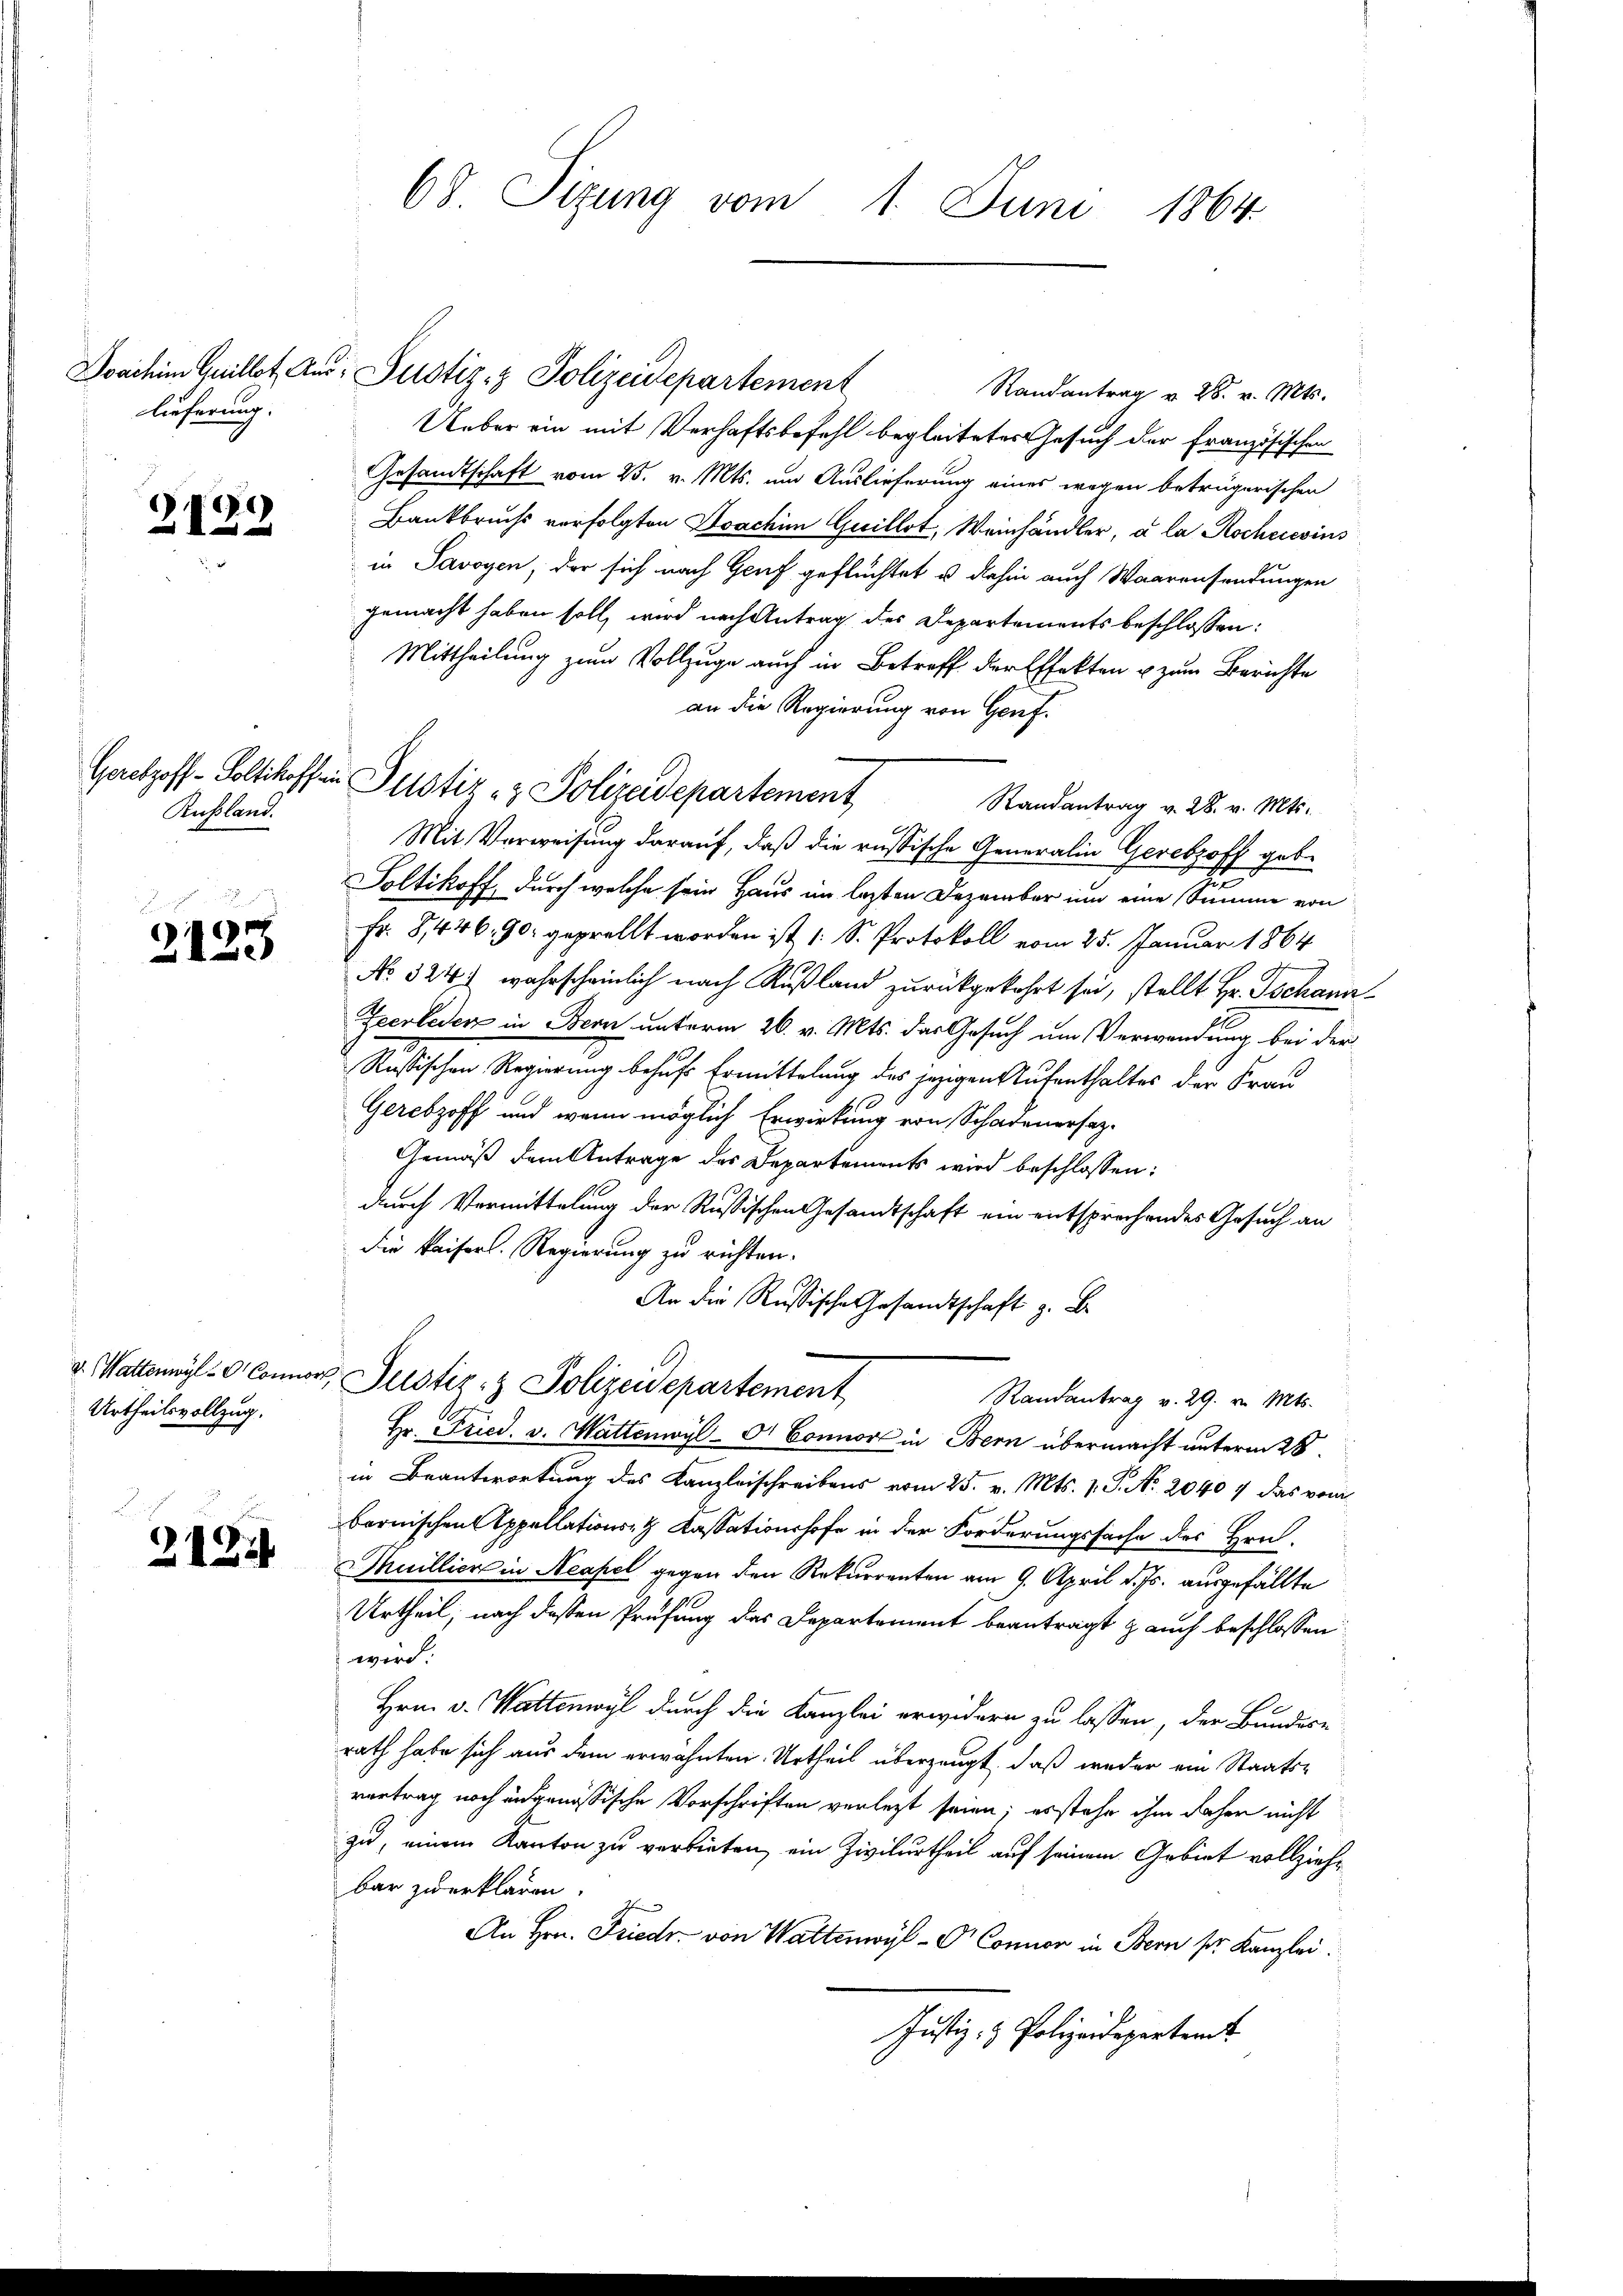
lieferung.

2129

Russland.

.
i
2125

Urtheilsvollzug.

2124

68. Sizung vom 1. Juni 1864.

Randantrag u. 28. v. Mts.
Ueber ein mit Verhaftsbefehl begleiteter Gesuch der Französischen
Gesandtschaft vom 25. v. Mts. um Auslieferung eines wegen betrügerischen
Bankbruchs vorfolgten Joachim Quillot, Weinhändler, à la Rochereins
in Savoyen, der sich nach Genf geflüchtet u. dahin auch Waarensendungen
gemacht haben soll, wird nach Antrag des Departements beschlossen:
Mittheilung zum Vollzuge auch in Betreff der Effekten u zum Berichte
an die Regierung von Genf.
Randantrag v. 28. v. Mts.
Mit Verweisung darauf, daß die russische Generalin Gerebzoff geb.
Poltikoff, durch welche sein Haus im lezten Dezember in eine Summe von
Fr. 8446, 90. geprellt worden ist, 1 S. Protokoll vom 25. Januar 1864
No 524. wahrscheinlich nach Rußland zurückgekehrt sei, stellt Hr. Tschani¬
Zeerleder in Bern unterm 26. v. Mts. das Gesuch um Verwendung bei der
Russischen Regierung behufs Ermittelung des jezigen Aufenthaltes der Frau
Gerebzoff und wenn möglich Erwirkung von Schadenersez-
Gemäß dem Antrage des Departements wird beschlossen:
durch Vermittelung der Russischen Gesandtschaft ein entsprechendes Gesuch an
die kaisers. Regierung zu richten.
An die Russische Gesandtschaft z. B.
v. Wattenwyl - Conner, Justiz- & Polizeidepartement
Randantrag v. 29. v. Mts.
Hr. Fried. v. Mattenwyl-O Connor in Bern übermacht unterm 28.
in Beantwortung des Kanzleischreibens vom 25. v. Mts. v. P. Nr. 2040 4 das vom
bernischen Appellations Cassationshofe in der Forderungssache des Hrn.
Muillier in Neapel gegen den Rekurrenten am 9. April d. Js. ausgefällte
Urtheil, nach dessen Prüfung das Departement beantragt & auch beschlossen
wird:
Hrn. v. Wattenwyl durch die Kanzlei erwidern zu lassen, der Bundes-
rath habe sich aus dem erwähnten Urtheil überzeugt, daß weder ein Staats-
vertrag noch angenössische Vorschriften verlezt seien; es stehe ihm daher nicht
zu, einem Kanton zu verbieten, ein Zivilurtheil auf seinem Gebiet vollziehbar zu erklären.
An Hrn. Friedr. von Wattenwyl - Connon in Bern sr. Kanzlei.
Justiz- & Polizeidepartemt

Joachim Quillet, aus: Justiz- & Polizeidepartement

Gelzoff-Solthoff in Justiz - Polizeidepartement